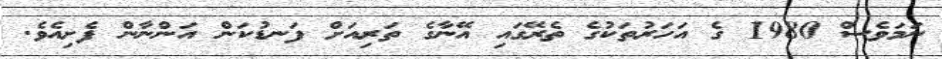
ނަމަވެސް 1980 ގެ އަހަރުތަކުގެ ތެރޭގައި އޭނާގެ ތަރިއަށް ފަނޑުކަން އަންނާން ފެށިއެވެ.